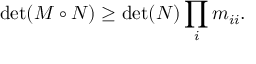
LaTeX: \operatorname* { d e t } ( M \circ N ) \geq \operatorname* { d e t } ( N ) \prod _ { i } m _ { i i } .